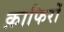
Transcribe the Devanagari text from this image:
क़ाफिरों